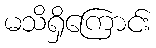
မသိရှိကြောင်း